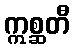
ဣစ္ဆတီ